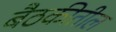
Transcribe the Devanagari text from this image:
बैठकीतील